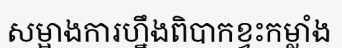
សម្អាងការហ្នឹងពិបាកខ្វះកម្លាំង